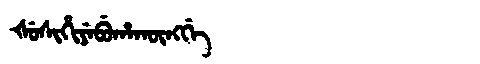
Manchu: ᡧᡠᠰᡳᡥᡳᠶᡝᠪᡠᡥᠠᡴᡡᠩᡤᡝ
Romanization: ŠUSIHIYEBUHAKŪNGGE